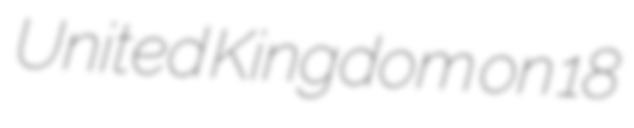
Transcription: United Kingdom on 18